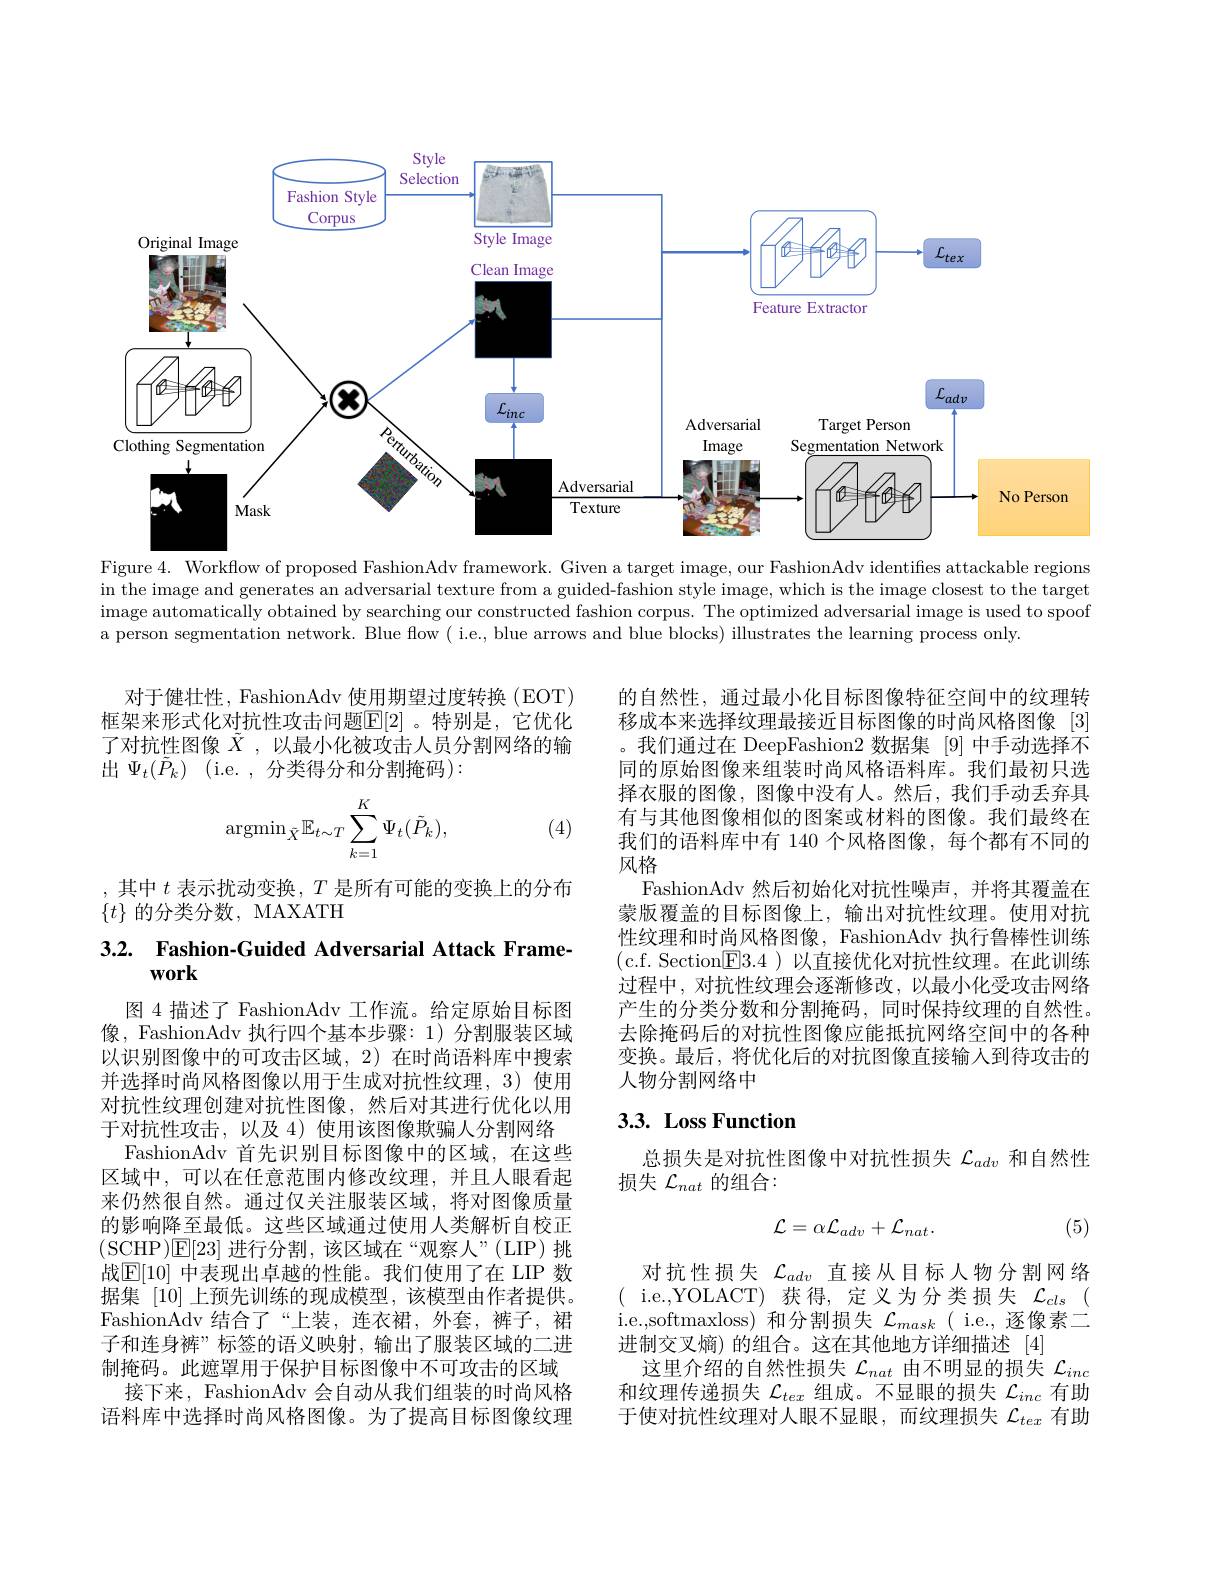
<FigureHere>

Figure 4. Workflow of proposed FashionAdv framework. Given a target image, our FashionAdv identifies attackable regions in the image and generates an adversarial texture from a guided-fashion style image, which is the image closest to the target image automatically obtained by searching our constructed fashion corpus. The optimized adversarial image is used to spoof a person segmentation network. Blue flow ( i.e., blue arrows and blue blocks) illustrates the learning process only.

对于健壮性，FashionAdv 使用期望过度转换 (EOT) 框架来形式化对抗性攻击问题$\overline{\mathbb{E}}[2]$。特别是，它优化了对抗性图像$\tilde{X}$ ,以最小化被攻击人员分割网络的输出$\Psi _t( \tilde{P} _k)$ (i.e.,分类得分和分割掩码):
$$\operatorname{argmin}_{\tilde{X}}\mathbb{E}_{t\sim T}\sum_{k=1}^{K}\Psi_{t}(\tilde{P}_{k}),$$
(4)

的自然性，通过最小化目标图像特征空间中的纹理转移成本来选择纹理最接近目标图像的时尚风格图像 [3] 。我们通过在 DeepFashion2 数据集[9]中手动选择不同的原始图像来组装时尚风格语料库。我们最初只选择衣服的图像，图像中没有人。然后，我们手动丢弃具有与其他图像相似的图案或材料的图像。我们最终在我们的语料库中有 140 个风格图像，每个都有不同的风格
FashionAdv 然后初始化对抗性噪声，并将其覆盖在蒙版覆盖的目标图像上，输出对抗性纹理。使用对抗性纹理和时尚风格图像，FashionAdv 执行鲁棒性训练(c.f. Section$\boxed{\mathrm{F}}3.4)$以直接优化对抗性纹理。在此训练过程中，对抗性纹理会逐渐修改，以最小化受攻击网络产生的分类分数和分割掩码，同时保持纹理的自然性。去除掩码后的对抗性图像应能抵抗网络空间中的各种变换。最后，将优化后的对抗图像直接输入到待攻击的人物分割网络中

其中$t$表示扰动变换，$T$是所有可能的变换上的分布
$\{t\}$的分类分数，MAXATH

## 3.2. $\textbf{Fashion- Guided Adversarial Attack Frame- }$ work

## 3.3. Loss Function

总损失是对抗性图像中对抗性损失$\mathcal{L}_{adv}$和自然性
损失$\mathcal{L}_{nat}$的组合：

图 4 描述了 FashionAdv 工作流。给定原始目标图像，FashionAdv 执行四个基本步骤：1)分割服装区域以识别图像中的可攻击区域，2)在时尚语料库中搜索并选择时尚风格图像以用于生成对抗性纹理，3)使用对抗性纹理创建对抗性图像，然后对其进行优化以用于对抗性攻击，以及 4) 使用该图像欺骗人分割网络
FashionAdv 首先识别目标图像中的区域，在这些区域中，可以在任意范围内修改纹理，并且人眼看起来仍然很自然。通过仅关注服装区域，将对图像质量的影响降至最低。这些区域通过使用人类解析自校正(SCHP)E[23]进行分割，该区域在“观察人”(LIP)挑战$\mathbb{E}[10]$ 中表现出卓越的性能。我们使用了在 LIP 数据集[10]上预先训练的现成模型，该模型由作者提供。FashionAdv 结合了“上装，连衣裙，外套，裤子，裙子和连身裤”标签的语义映射，输出了服装区域的二进制掩码。此遮罩用于保护目标图像中不可攻击的区域
接下来，FashionAdv 会自动从我们组装的时尚风格语料库中选择时尚风格图像。为了提高目标图像纹理
$$\mathcal{L}=\alpha\mathcal{L}_{adv}+\mathcal{L}_{nat}.$$
(5)

对抗性损失$\mathcal{L}_adv$直接从目标人物分割网络$(\begin{array}{cc}\mathrm{i.e.,YOLACT)}&\text{获得，定义为分类损失}&\mathcal{L}_{cls}&(\\\mathrm{i.e.,YOLACT)}&\text{获得，定义为分类损失}&\mathcal{L}_{cls}&(\end{array}$ i.e.,softmaxloss) 和分割损失$\mathcal{L}_mask$( i.e., 逐像素二进制交叉熵) 的组合。这在其他地方详细描述[4]
这里介绍的自然性损失$\mathcal{L}_{nat}$由不明显的损失$\mathcal{L}_{inc}$ 和纹理传递损失$\mathcal{L}_tex$组成。不显眼的损失$\mathcal{L}_inc$有助于使对抗性纹理对人眼不显眼，而纹理损失$\mathcal{L}_{tex}$有助